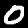
Digit: 0